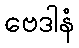
ဗေဒါနံ